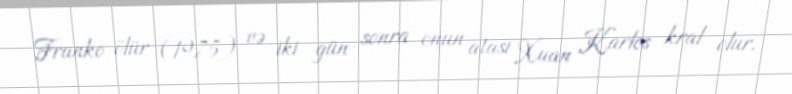
Franko ölür (1975) və iki gün sonra onun atası Xuan Karlos kral olur.